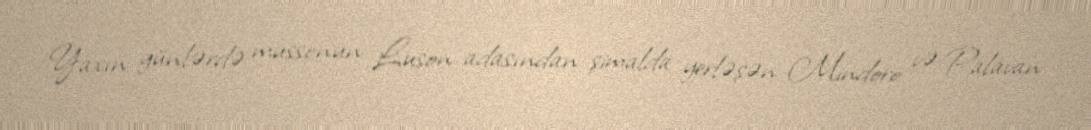
Yaxın günlərdə mussonun Luson adasından şimalda yerləşən Mindoro və Palavan